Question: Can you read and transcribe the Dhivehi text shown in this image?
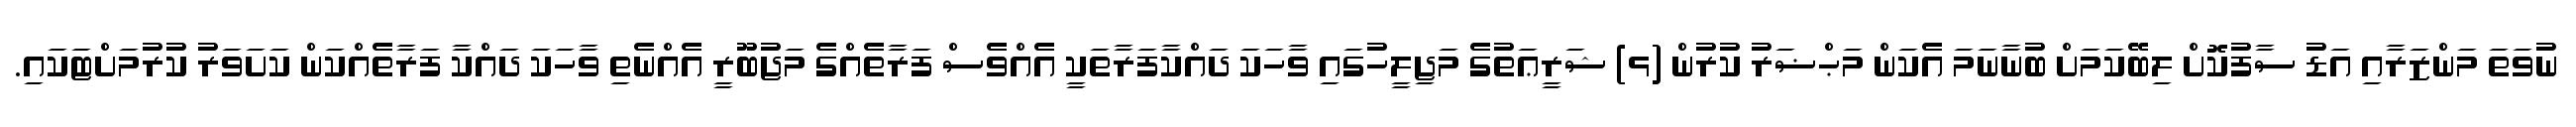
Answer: ނުވަތަ މަންޒަރާއި އަޑު ސާފުކޮށް ލިބޭކަމަށް ބުނާނަމަ އެކަން މަޙްޟަރު ކުރުން (ޅ) ޝަރީޢަތުގެ މަޖިލީހުގައި ވާހަކަ ދައްކާފަރާތަކީ އެއްވެސް ފަރާތެއްގެ މަޖުބޫރީ އެއްނެތި ވާހަކަ ދައްކާ ފަރާތެއްކަން ކަށަވަރު ކުރުމަށްޓަކައި.